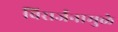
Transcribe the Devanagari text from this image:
विसर्जनामुळे